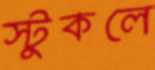
স্টুকলে